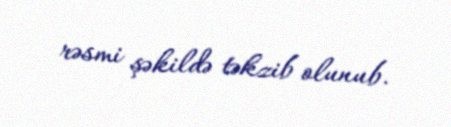
rəsmi şəkildə təkzib olunub.